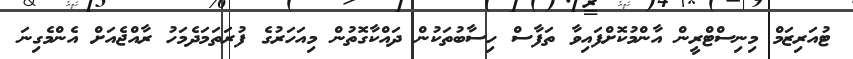
ޓުއަރިޒަމް މިނިސްޓްރީން އާންމުކޮށްފައިވާ ތަފާސް ހިސާބުތަކުން ދައްކާގޮތުން މިއަހަރުގެ ފުރަތަމަދެމަހު ރާއްޖެއަށް އެންމެގިނަ